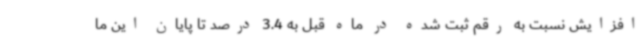
افزایش نسبت به رقم ثبت شده در ماه قبل به 3.4 درصد تا پایان این ما